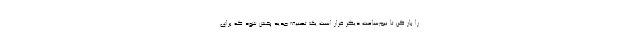
را باز کن تا نیم‌ساعت دیگر قرار است یک تصنیف جدید پخش شود که برای